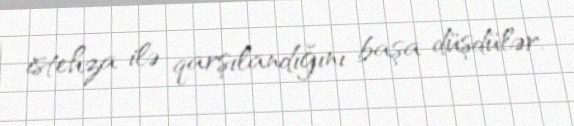
istehza ilə qarşılandığını başa düşdülər.